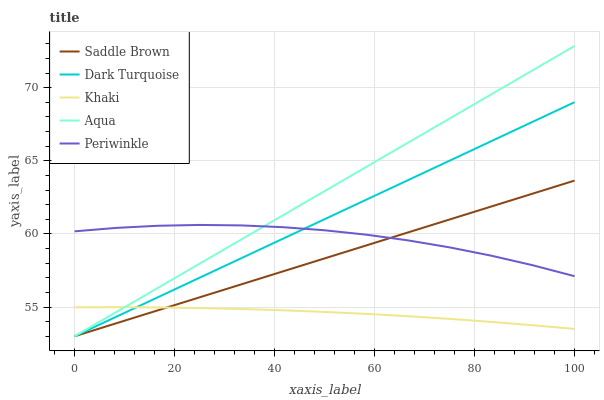
| xaxis_label | Saddle Brown | Dark Turquoise | Khaki | Aqua | Periwinkle |
 | --- | --- | --- | --- | --- | --- |
 | 0 | 53 | 53 | 55 | 53 | 60.2 |
 | 8.33 | 53.9 | 54.3 | 55 | 54.7 | 60.4 |
 | 16.7 | 54.8 | 55.7 | 55 | 56.3 | 60.6 |
 | 25 | 55.7 | 57 | 54.9 | 58 | 60.6 |
 | 33.3 | 56.5 | 58.3 | 54.9 | 59.6 | 60.6 |
 | 41.7 | 57.4 | 59.7 | 54.8 | 61.3 | 60.5 |
 | 50 | 58.3 | 61 | 54.7 | 62.9 | 60.2 |
 | 58.3 | 59.2 | 62.3 | 54.5 | 64.6 | 59.9 |
 | 66.7 | 60.1 | 63.7 | 54.4 | 66.2 | 59.6 |
 | 75 | 61 | 65 | 54.2 | 67.9 | 59.1 |
 | 83.3 | 61.9 | 66.3 | 54 | 69.5 | 58.5 |
 | 91.7 | 62.8 | 67.7 | 53.8 | 71.2 | 57.9 |
 | 100 | 63.6 | 69 | 53.5 | 72.9 | 57.1 |